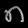
Digit: ၈